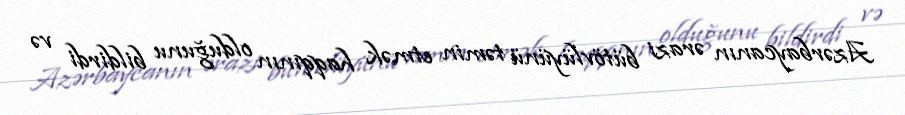
Azərbaycanın ərazi bütövlüyünü təmin etmək haqqının olduğunu bildirdi və